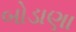
બોડાણા